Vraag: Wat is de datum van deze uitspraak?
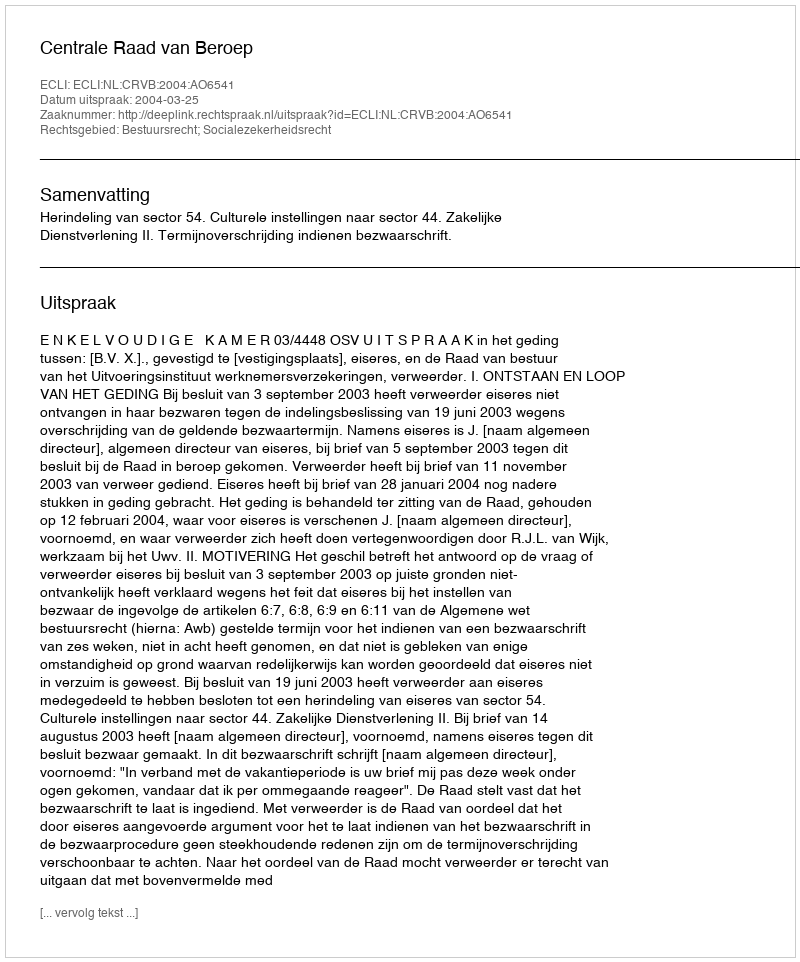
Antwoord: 2004-03-25